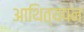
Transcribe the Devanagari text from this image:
आथित्यपन